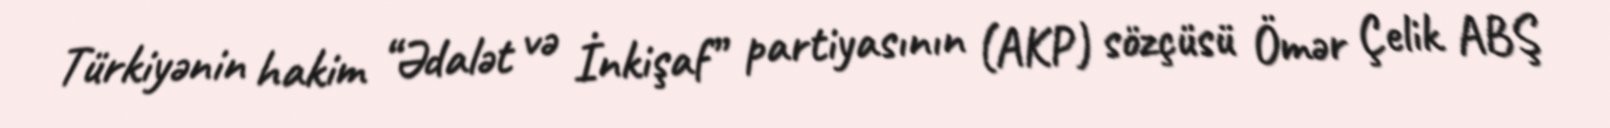
Türkiyənin hakim “Ədalət və İnkişaf” partiyasının (AKP) sözçüsü Ömər Çelik ABŞ